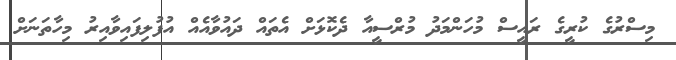
މިސްރުގެ ކުރީގެ ރައީސް މުހަންމަދު މުރްސީއާ ދެކޮޅަށް އެތައް ދައުވާއެއް އުފުލިފައިވާއިރު މިހާތަނަށް